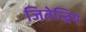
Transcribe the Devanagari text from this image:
जितेन्द्रियं